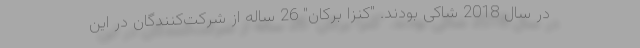
در سال 2018 شاکی بودند. "کنزا برکان" 26 ساله از شرکت‌کنندگان در این